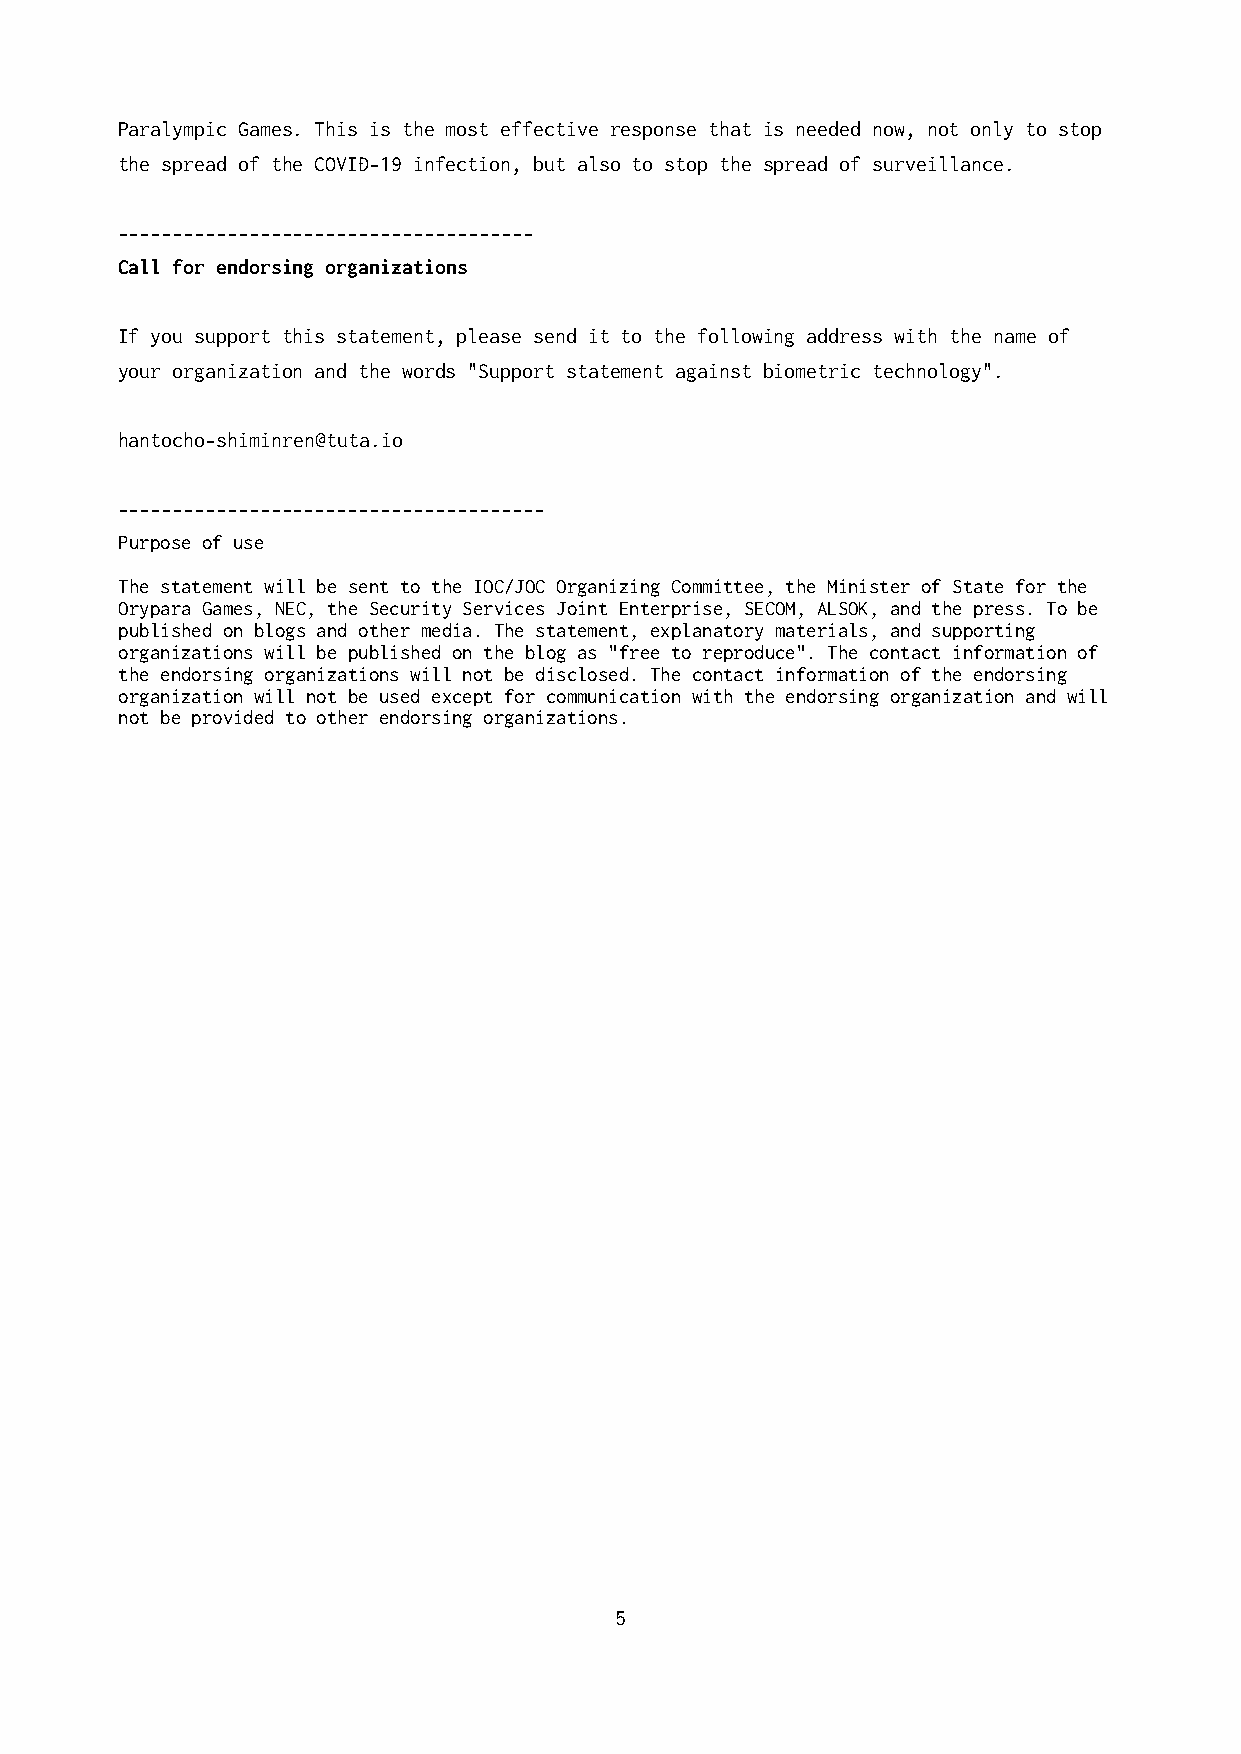
Paralympic Games. This is the most effective response that is needed now, not only to stop
 the spread of the COVID-19 infection, but also to stop the spread of surveillance.
 --------------------------------------
 Call for endorsing organizations
 If you support this statement, please send it to the following address with the name of
 your organization and the words "Support statement against biometric technology".
 hantocho-shiminren@tuta.io
 ---------------------------------------
 Purpose of use
 The statement will be sent to the IOC/JOC Organizing Committee, the Minister of State for the
 Orypara Games, NEC, the Security Services Joint Enterprise, SECOM, ALSOK, and the press. To be
 published on blogs and other media. The statement, explanatory materials, and supporting
 organizations will be published on the blog as "free to reproduce". The contact information of
 the endorsing organizations will not be disclosed. The contact information of the endorsing
 organization will not be used except for communication with the endorsing organization and will
 not be provided to other endorsing organizations.
 5